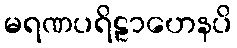
မရဏပရိဠာဟေနပိ